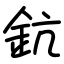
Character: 鈧